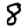
Digit: 8